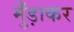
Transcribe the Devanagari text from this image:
मुँड़ाकर